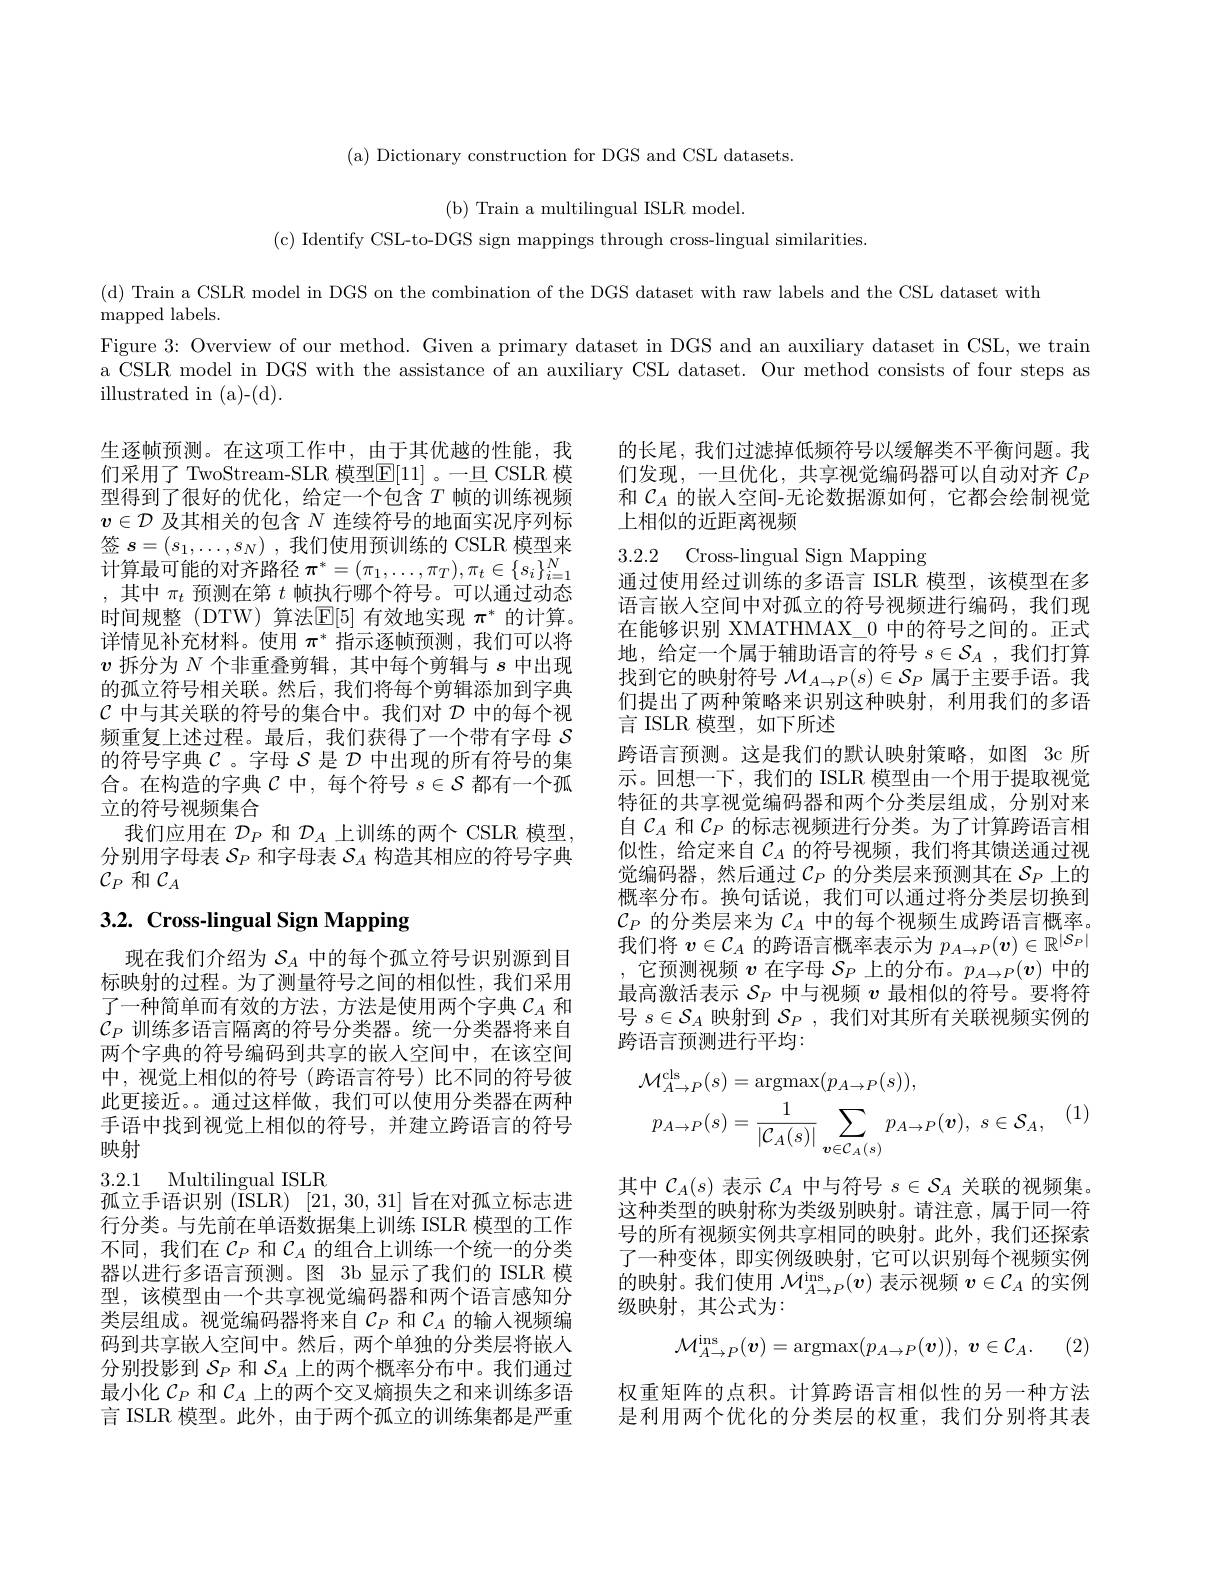
( a) Dictionary construction for DGS and CSL datasets

( b) Train a multilingual ISLR model.
( c) Identify CSL- to- DGS sign mappings through cross- lingual similarities.

(d) Train a CSLR model in DGS on the combination of the DGS dataset with raw labels and the CSL dataset with
${\mathrm{mapped~labels.}}$
Figure 3: Overview of our method. Given a primary dataset in DGS and an auxiliary dataset in CSL, we train a CSLR model in DGS with the assistance of an auxiliary CSL dataset. Our method consists of four steps as illustrated in (a)-(d).

的长尾，我们过滤掉低频符号以缓解类不平衡问题。我们发现，一旦优化，共享视觉编码器可以自动对齐$\mathcal{C}_P$ 和$\mathcal{C}_A$的嵌人空间-无论数据源如何，它都会绘制视觉上相似的近距离视频

3.2.2 Cross-lingual Sign Mapping

生逐帧预测。在这项工作中，由于其优越的性能，我们采用了 TwoStream-SLR 模型$\mathbb{E}[11]$。一旦 CSLR 模型得到了很好的优化，给定一个包含$T$帧的训练视频$v\in\mathcal{D}$及其相关的包含$N$连续符号的地面实况序列标签$s= ( s_1, \ldots , s_N)$ ,我们使用预训练的 CSLR 模型来计算最可能的对齐路径$\pi^*=(\pi_1,\ldots,\pi_T),\pi_t\in\{s_i\}_{i=1}^N$ ,其中$\pi_t$预测在第$t$帧执行哪个符号。可以通过动态时间规整(DTW) 算法$\mathbb{E}[5]$有效地实现$\pi^*$的计算。详情见补充材料。使用$\pi^*$指示逐帧预测，我们可以将$v$拆分为$N$个非重叠剪辑，其中每个剪辑与$s$中出现的孤立符号相关联。然后，我们将每个剪辑添加到字典$\mathcal{C}$中与其关联的符号的集合中。我们对$\mathcal{D}$中的每个视频重复上述过程。最后，我们获得了一个带有字母$S$ 的符号字典$\mathcal{C}$ 。字母$\mathcal{S}$是$\mathcal{D}$中出现的所有符号的集合。在构造的字典$\mathcal{C}$中，每个符号$s\in\mathcal{S}$都有一个孤立的符号视频集合
我们应用在$\mathcal{D}_P$和$\mathcal{D}_A$上训练的两个 CSLR 模型分别用字母表$\mathcal{S}_P$和字母表$\mathcal{S}_A$构造其相应的符号字典$\mathcal{C}_P$和$\mathcal{C}_A$

通过使用经过训练的多语言 ISLR 模型，该模型在多语言嵌入空间中对孤立的符号视频进行编码，我们现在能够识别 XMATHMAX\_0 中的符号之间的。正式地，给定一个属于辅助语言的符号$s\in\mathcal{S}_A$,我们打算找到它的映射符号$\mathcal{M}_A\to P(s)\in\mathcal{S}_P$属于主要手语。我们提出了两种策略来识别这种映射，利用我们的多语言 ISLR 模型，如下所述
跨语言预测。这是我们的默认映射策略，如图 3c 所示。回想一下，我们的 ISLR 模型由一个用于提取视觉特征的共享视觉编码器和两个分类层组成，分别对来自$\mathcal{C}_A$和$\mathcal{C}_P$的标志视频进行分类。为了计算跨语言相似性，给定来自$\mathcal{C}_A$ 的符号视频，我们将其馈送通过视觉编码器，然后通过$\mathcal{C}_P$的分类层来预测其在$\mathcal{S}_P$上的概率分布。换句话说，我们可以通过将分类层切换到$\mathcal{C}_P$的分类层来为$\mathcal{C}_A$中的每个视频生成跨语言概率。我们将$v\in\mathcal{C}_A$的跨语言概率表示为$p_A\to P(\boldsymbol{v})\in\mathbb{R}^{|S_P|}$ ,它预测视频$v$ 在字母 $S_P$ 上的分布。$p_A\to P(\boldsymbol{v})$ 中的最高激活表示$\mathcal{S}_P$中与视频$v$最相似的符号。要将符号$s\in\mathcal{S}_A$映射到$\mathcal{S}_P$,我们对其所有关联视频实例的跨语言预测进行平均：

# 3.2. Cross-lingual Sign Mapping

现在我们介绍为$\mathcal{S}_A$中的每个孤立符号识别源到目标映射的过程。为了测量符号之间的相似性，我们采用了一种简单而有效的方法，方法是使用两个字典$\mathcal{C}_A$和$\mathcal{C}_P$训练多语言隔离的符号分类器。统一分类器将来自两个字典的符号编码到共享的嵌人空间中，在该空间中，视觉上相似的符号(跨语言符号)比不同的符号彼此更接近。。通过这样做，我们可以使用分类器在两种手语中找到视觉上相似的符号，并建立跨语言的符号映射
$$\begin{aligned}\mathcal{M}_{A\to P}^{\mathrm{cls}}(s)&=\operatorname{argmax}(p_{A\to P}(s)),\\p_{A\to P}(s)&=\frac{1}{|\mathcal{C}_{A}(s)|}\sum_{\boldsymbol{v}\in\mathcal{C}_{A}(s)}p_{A\to P}(\boldsymbol{v}),\:s\in\mathcal{S}_{A},\end{aligned}$$
其中$\mathcal{C}_A(s)$表示$\mathcal{C}_A$中与符号$s\in\mathcal{S}_A$关联的视频集。这种类型的映射称为类级别映射。请注意，属于同一符号的所有视频实例共享相同的映射。此外，我们还探索了一种变体，即实例级映射，它可以识别每个视频实例的映射。我们使用$\mathcal{M}_A\to P^\mathrm{ins}(v)$表示视频$v\in\mathcal{C}_A$的实例级映射，其公式为：

3.2.1 Multilingual ISLR
孤立手语识别 (ISLR) [21,30,31]旨在对孤立标志进行分类。与先前在单语数据集上训练 ISLR 模型的工作不同，我们在$\mathcal{C}_P$和$\mathcal{C}_A$的组合上训练一个统一的分类器以进行多语言预测。图 3b 显示了我们的 ISLR 模型，该模型由一个共享视觉编码器和两个语言感知分类层组成。视觉编码器将来自$C_P$ 和$C_A$ 的输人视频编码到共享嵌人空间中。然后，两个单独的分类层将嵌入分别投影到$\mathcal{S}_P$和$\mathcal{S}_A$上的两个概率分布中。我们通过最小化$\mathcal{C}_P$和$\mathcal{C}_A$上的两个交叉熵损失之和来训练多语言 ISLR 模型。此外，由于两个孤立的训练集都是严重
$$\mathcal{M}_{A\to P}^{\mathrm{ins}}(\boldsymbol{v})=\mathrm{argmax}(p_{A\to P}(\boldsymbol{v})),\:\boldsymbol{v}\in\mathcal{C}_{A}.$$
(2)

权重矩阵的点积。计算跨语言相似性的另一种方法是利用两个优化的分类层的权重，我们分别将其表